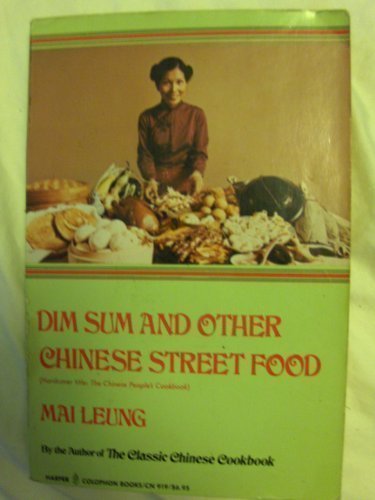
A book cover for Dim Sum and Other Chinese Street Foods (Harper Colophon Books); Mai Leung; Cookbooks, Food & Wine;